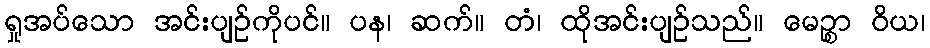
ရှုအပ်သော အင်းပျဉ်ကိုပင်။ ပန၊ ဆက်။ တံ၊ ထိုအင်းပျဉ်သည်။ မေဉ္စာ ဝိယ၊